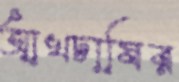
আখচাষির